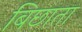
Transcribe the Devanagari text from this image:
बिछाता